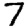
Digit: 7